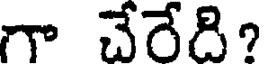
గా చేరేది?